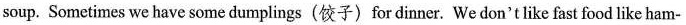
soup. Sometimes we have some dumplings (饺子) for dinner. We don't like fast food like ham-